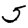
Digit: 5